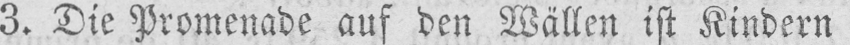
3. Die Promenade auf den Wällen ist Kindern